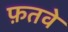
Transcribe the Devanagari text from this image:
फ़तवे